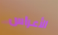
الأعراس